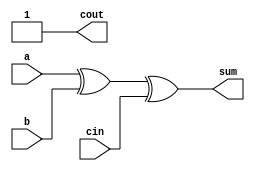
module full_adder5(a,b,cin,sum,cout);
input a,b,cin;
output sum,cout;
assign sum = a^b^cin;
assign cout = 1'b1|cin&(a|b); 
// initial begin
//     $display("The incorrect adder with and0 and or2 having out/1 and in1/1");
// end   
endmodule